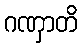
ဂဏှာတိ